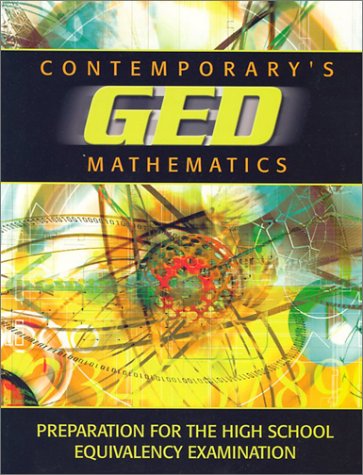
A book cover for Contemporary's GED Mathematics: Preparation for the High School Equivalency Examination; Contemporary; Test Preparation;